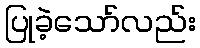
ပြုခဲ့သော်လည်း